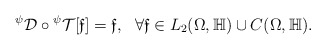
\begin{align*}{}^{\psi}\mathcal D \circ{}^{\psi}\mathcal T[\mathfrak{ f}]=\mathfrak {f}, \ \ \forall \mathfrak{ f}\in L_2(\Omega,\mathbb H)\cup C(\Omega,\mathbb H).\end{align*}